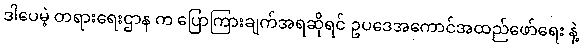
ဒါပေမဲ့ တရားရေးဌာန က ပြောကြားချက်အရဆိုရင် ဥပဒေအကောင်အထည်ဖော်ရေး နဲ့